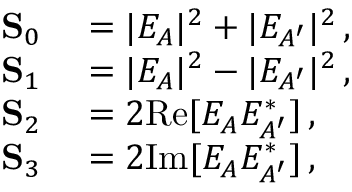
\begin{array} { r l } { \mathbf { S } _ { 0 } } & { { } = | E _ { A } | ^ { 2 } + | E _ { A ^ { \prime } } | ^ { 2 } \, , \phantom { Z Z Z Z } } \\ { \mathbf { S } _ { 1 } } & { { } = | E _ { A } | ^ { 2 } - | E _ { A ^ { \prime } } | ^ { 2 } \, , } \\ { \mathbf { S } _ { 2 } } & { { } = 2 \mathrm { R e } [ E _ { A } E _ { A ^ { \prime } } ^ { \ast } ] \, , } \\ { \mathbf { S } _ { 3 } } & { { } = 2 \mathrm { I m } [ E _ { A } E _ { A ^ { \prime } } ^ { \ast } ] \, , } \end{array}